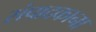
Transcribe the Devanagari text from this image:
संपादकाना